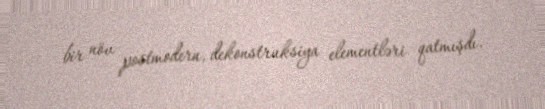
bir növ postmodern, dekonstruksiya elementləri qatmışdı.